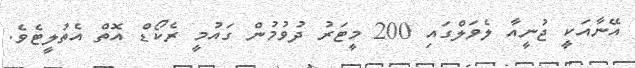
އޭނާއަކީ ޖުނީއާ ލެވަލްގައި 200 މީޓަރު ދުވުމުން ގައުމީ ރެކޯޑް އޮތް އެތުލީޓެވެ.